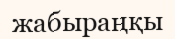
жабыраңқы